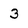
Character: 3